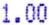
1.00